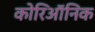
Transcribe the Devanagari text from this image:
कोरिऑनिक